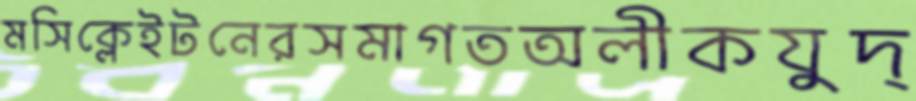
মসিক্লেইটনেরসমাগতঅলীকযুদ্